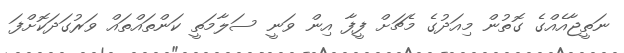
ނަތީޖާއެއްގެ ގޮތުން މިއަދުގެ މެޗަށް ފީފާ އިން ވަނީ ސަލާމަތީ ކަންތައްތައް ވަރުގަދަކޮށްފަ